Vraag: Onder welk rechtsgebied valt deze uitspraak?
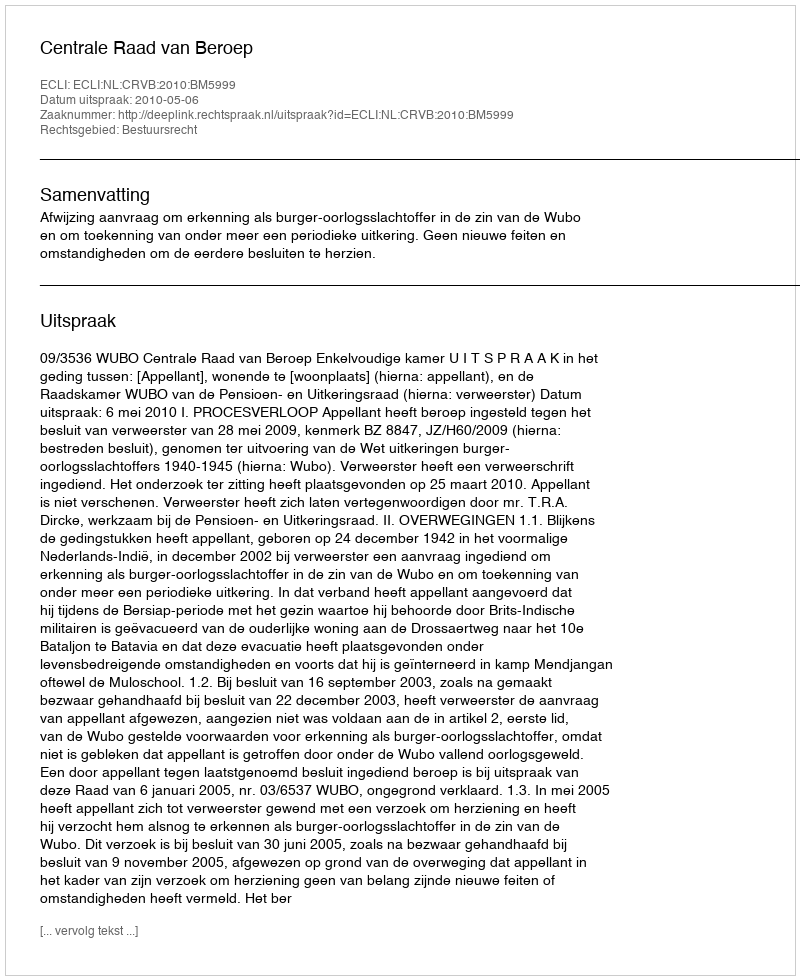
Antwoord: Bestuursrecht